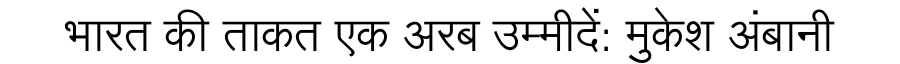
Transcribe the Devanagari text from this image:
भारत की ताकत एक अरब उम्मीदें: मुकेश अंबानी